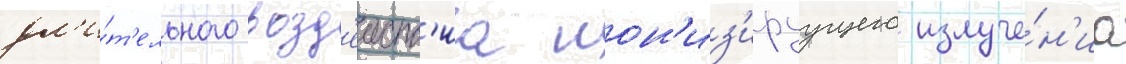
дл'и́т'ельного возд'еиств'иа ион'из'ируущего излуче́н'иа